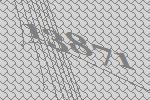
13871